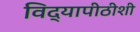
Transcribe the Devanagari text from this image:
विद्यापीठीशी